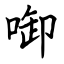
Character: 啣